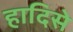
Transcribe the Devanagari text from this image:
हादिसे